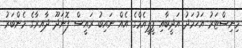
މިނިސްޓަރު އަހުމަދު އަދީބާއި ޕީޕީއެމްގެ އެއް ނައިބު ރައީސް ފޮނަދޫ ދާއިރާގެ މެންބަރު